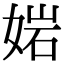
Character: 㛧